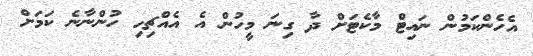
އެހެންކަމުން ނައިޓް މާކެޓަށް ދާ ގިނަ މީހުން އެ އެއްޗިހި ހުންނާނެ ކަމަށް